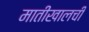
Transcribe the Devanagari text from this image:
मातीखालची